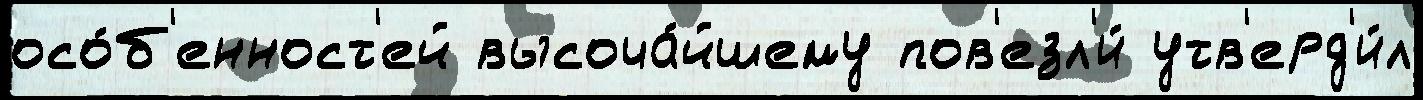
осо́б'енност'ей высоча́йшему пов'езл'и́ утв'ерд'и́л